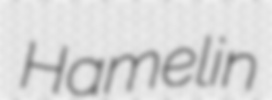
Hamelin